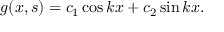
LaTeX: g ( x , s ) = c _ { 1 } \cos k x + c _ { 2 } \sin k x .